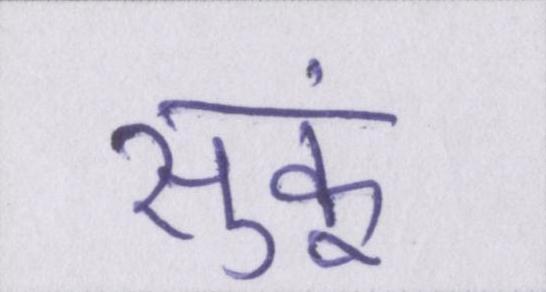
सुकूं